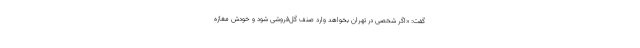
گفت: «اگر شخصی در تهران بخواهد وارد صنف گل‌فروشی شود و خودش مغازه